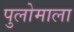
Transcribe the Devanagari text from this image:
पुलोमाला